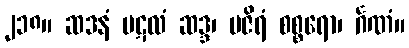
၂၁၈။ ဆဒနံ ပဋလံ ဆဒ္ဒ၊ မဇိရံ စစ္စရော၊ င်္ဂဏံ။